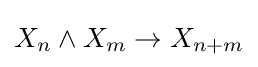
X_{n}\wedge X_{m}\to X_{n+m}